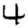
Digit: 4